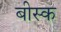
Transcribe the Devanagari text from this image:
बीस्क